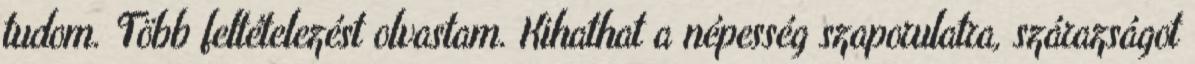
tudom. Több feltételezést olvastam. Kihathat a népesség szaporulatra, szárazságot